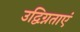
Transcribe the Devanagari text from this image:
उद्विग्नताएं